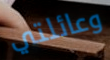
وعائلتي